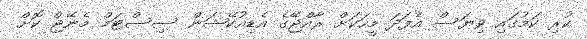
ކުރި ކަމުގައި ވިޔަސް އެފަދަ މީހަކަށް ރާއްޖޭގެ އެޑިއުކޭޝަން ސިސްޓަމް މެނޭޖް ކޮށް